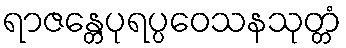
ရာဇန္တေပုရပ္ပဝေသနသုတ္တံ